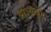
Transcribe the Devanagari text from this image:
था।सलेम